Vaccination in Burma 1920-1933 - 1920-1933
Year: 1920
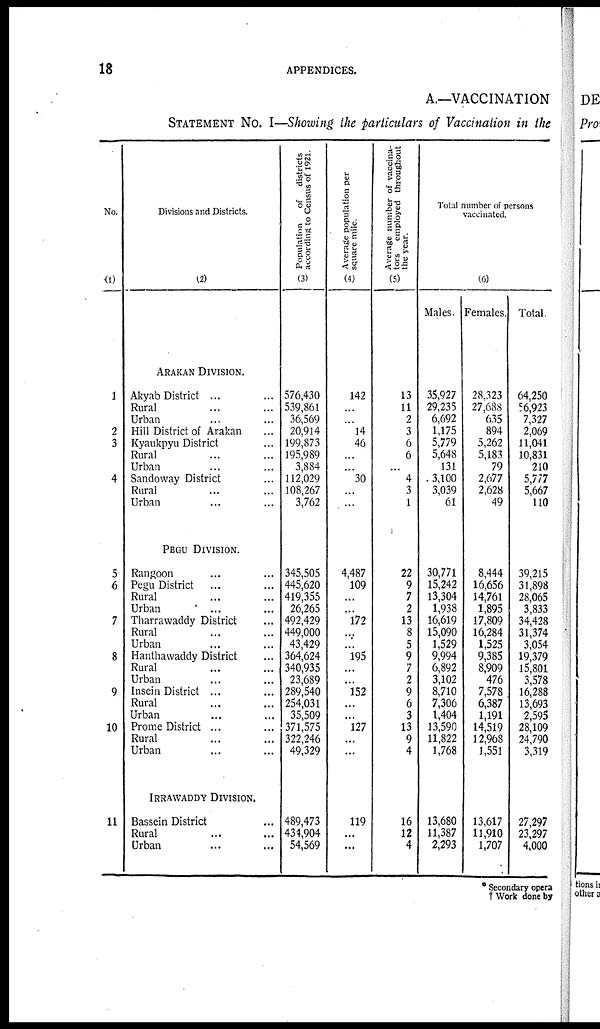
18
APPENDICES.
A.—VACCINATION
STATEMENT No. I—Showing the particulars of Vaccination in the
No.
(1)
1
2
3
4
5
6
7
8
9
10
11
Divisions and Districts.
(2)
ARAKAN DIVISION.
Akyab District ... ...
Rural ... ...
Urban ... ...
Hill District of Arakan ...
Kyaukpyu District ...
Rural ... ...
Urban ... ...
Sandoway District ...
Rural ... ...
Urban ... ...
PEGU DIVISION.
Rangoon ... ...
Pegu District ... ...
Rural ... ...
Urban ... ...
Tharrawaddy District ...
Rural ... ...
Urban ... ...
Hanthawaddy District ...
Rural ... ...
Urban ... ...
Insein District ... ...
Rural ... ...
Urban ... ...
Prome District ... ...
Rural ... ...
Urban ... ...
IRRAWADDY DIVISION.
Bassein District ...
Rural ... ...
Urban ... ...
Population
of districts
according to Census of 1921.
(3)
576,430
539,861
36,569
20,914
199,873
195,989
3,884
112,029
108,267
3,762
345,505
445,620
419,355
26,265
492,429
449,000
43,429
364,624
340,935
23,689
289,540
254,031
35,509
371,575
322,246
49,329
489,473
434,904
54,569
Average population per
square mile.
(4)
142
...
...
14
46
...
...
30
...
...
4,487
109
...
...
172
...
...
195
...
...
152
...
...
127
...
...
119
...
...
Average number of vaccina-
tors employed throughout
the year.
(5)
13
11
2
3
6
6
...
4
3
1
22
9
7
2
13
8
5
9
7
2
9
6
3
13
9
4
16
12
4
Total number of persons
vaccinated.
(6)
Males.
35,927
29,235
6,692
1,175
5,779
5,648
131
3,100
3,039
61
30,771
15,242
13,304
1,938
16,619
15,090
1,529
9,994
6,892
3,102
8,710
7,306
1,404
13,590
11,822
1,768
13,680
11,387
2,293
Females.
28,323
27,688
635
894
5,262
5,183
79
2,677
2,628
49
8,444
16,656
14,761
1,895
17,809
16,284
1,525
9,385
8,909
476
7,578
6,387
1,191
14,519
12,968
1,551
13,617
11,910
1,707
Total.
64,250
56,923
7,327
2,069
11,041
10,831
210
5,777
5,667
110
39,215
31,898
28,065
3,833
34,428
31,374
3,054
19,379
15,801
3,578
16,288
13,693
2,595
28,109
24,790
3,319
27,297
23,297
4,000
* Secondary opera
† Work done by